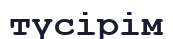
түсірім